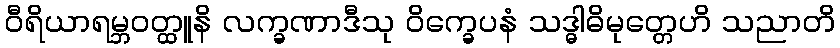
ဝီရိယာရမ္ဘဝတ္ထူနိ လက္ခဏာဒီသု ဝိက္ခေပနံ သဒ္ဓါဓိမုတ္တေဟိ သညာတိ